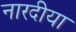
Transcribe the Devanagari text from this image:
नारदीया